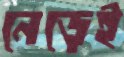
নেড়েই